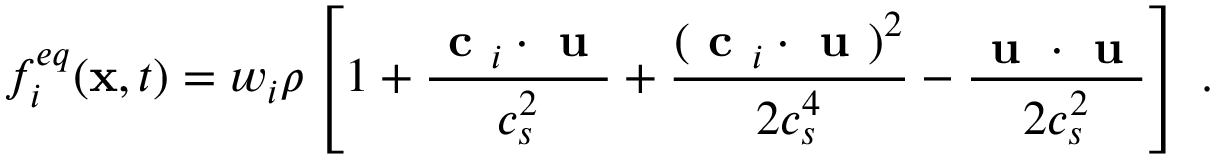
f _ { i } ^ { e q } ( \mathbf { x } , t ) = w _ { i } \rho \left[ 1 + \frac { \textbf { c } _ { i } \cdot \textbf { u } } { c _ { s } ^ { 2 } } + \frac { ( \textbf { c } _ { i } \cdot \textbf { u } ) ^ { 2 } } { 2 c _ { s } ^ { 4 } } - \frac { \textbf { u } \cdot \textbf { u } } { 2 c _ { s } ^ { 2 } } \right] \; .